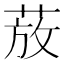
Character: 𫈚